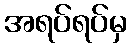
အရပ်ရပ်မှ